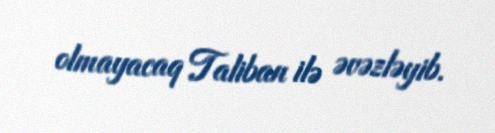
olmayacaq Taliban ilə əvəzləyib.